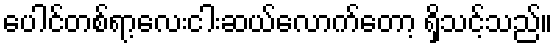
ပေါင်တစ်ရာ့လေးငါးဆယ်လောက်တော့ ရှိသင့်သည်။